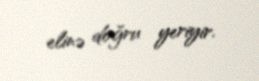
elinə doğru yeriyir.